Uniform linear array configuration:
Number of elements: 64
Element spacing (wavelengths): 0.5
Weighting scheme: hamming
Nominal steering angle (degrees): -15
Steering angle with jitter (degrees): -13.59
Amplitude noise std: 0.05
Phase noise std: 0.05

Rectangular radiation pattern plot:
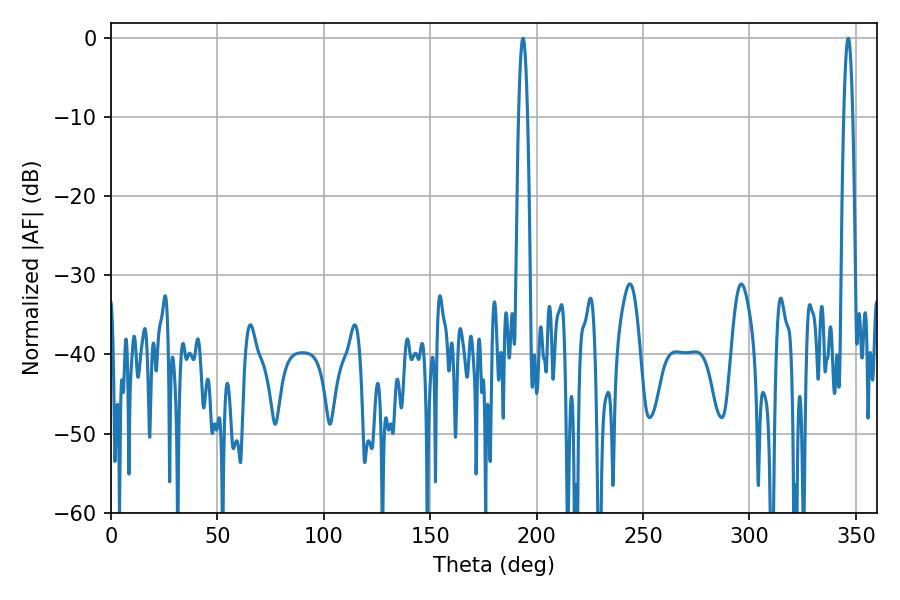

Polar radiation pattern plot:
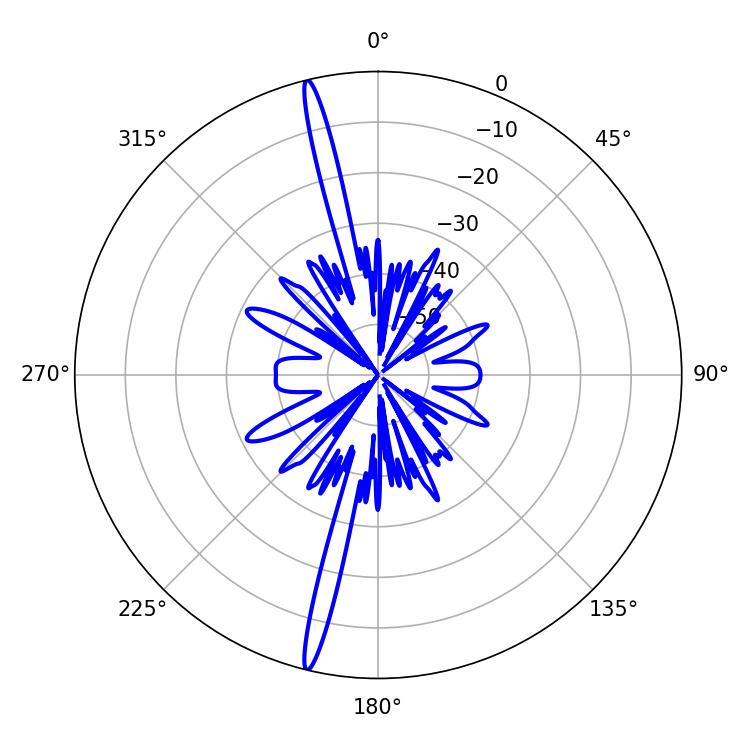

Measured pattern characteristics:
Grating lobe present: FALSE
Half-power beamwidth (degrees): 2.34
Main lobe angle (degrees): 346.32